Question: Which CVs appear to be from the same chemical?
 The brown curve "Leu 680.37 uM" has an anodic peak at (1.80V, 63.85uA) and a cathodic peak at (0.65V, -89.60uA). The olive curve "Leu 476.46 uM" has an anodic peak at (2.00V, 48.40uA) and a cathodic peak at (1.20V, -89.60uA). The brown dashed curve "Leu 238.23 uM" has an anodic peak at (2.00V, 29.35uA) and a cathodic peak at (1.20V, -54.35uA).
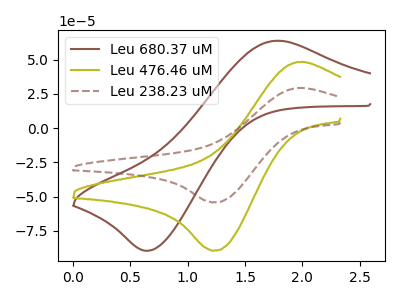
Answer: <think>"Leu 680.37 uM" and "Leu 476.46 uM" have at least one peak that do not match. "Leu 680.37 uM" and "Leu 238.23 uM" have at least one peak that do not match. All the peaks in "Leu 476.46 uM" have a peak in "Leu 238.23 uM" at the same potential. Every peak in "Leu 476.46 uM" is higher than every peak in "Leu 238.23 uM".
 </think>
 <answer>"Leu 476.46 uM" and "Leu 238.23 uM" have the same shape and are likely CV's of the same chemical.</answer>
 <eval>"Leu 476.46 uM" "Leu 238.23 uM"</eval>